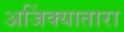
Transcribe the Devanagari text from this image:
अजिंक्यातारा